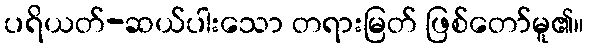
ပရိယတ်-ဆယ်ပါးသော တရားမြတ် ဖြစ်တော်မူ၏။